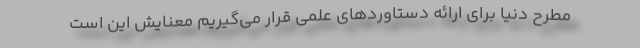
مطرح دنیا برای ارائه دستاوردهای علمی قرار می‌گیریم معنایش این است